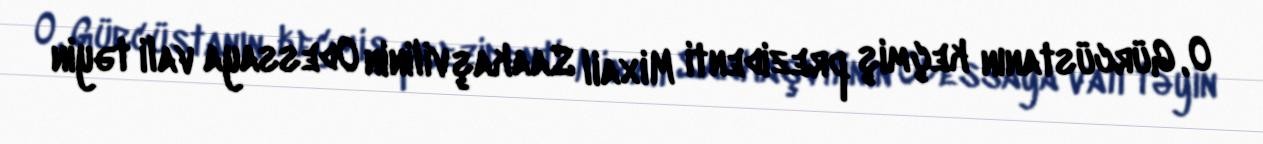
O, Gürcüstanın keçmiş prezidenti Mixail Saakaşvilinin Odessaya vali təyin